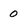
Character: 0